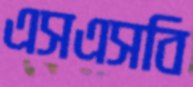
এসএসবি